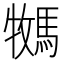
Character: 𫘎